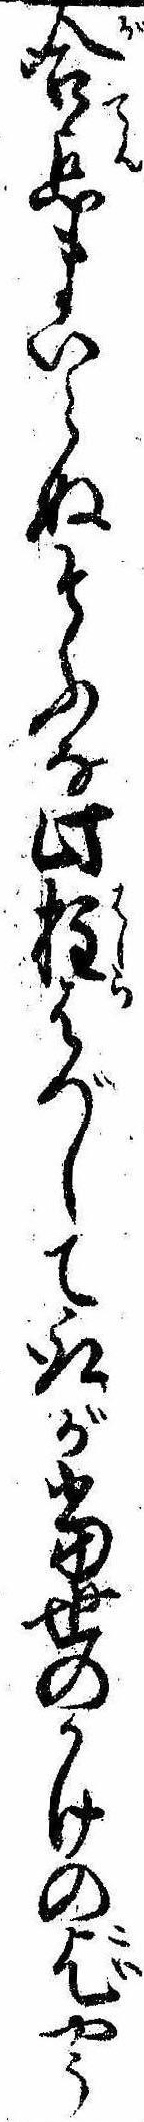
合点まいらぬそふな此柱はづして取が当世のかけの乞やう